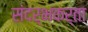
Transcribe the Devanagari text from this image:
संदर्भकर्ता